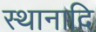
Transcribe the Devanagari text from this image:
स्थानादि